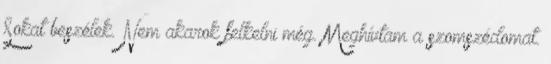
Sokat beszélek. Nem akarok felkelni még. Meghívtam a szomszédomat.